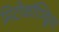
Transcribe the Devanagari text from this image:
मिटोकॉण्ड्रिया